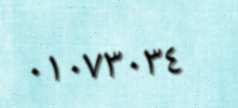
٠١٠٧٣٠٣٤